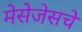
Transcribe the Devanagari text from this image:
मेसेजेसचे